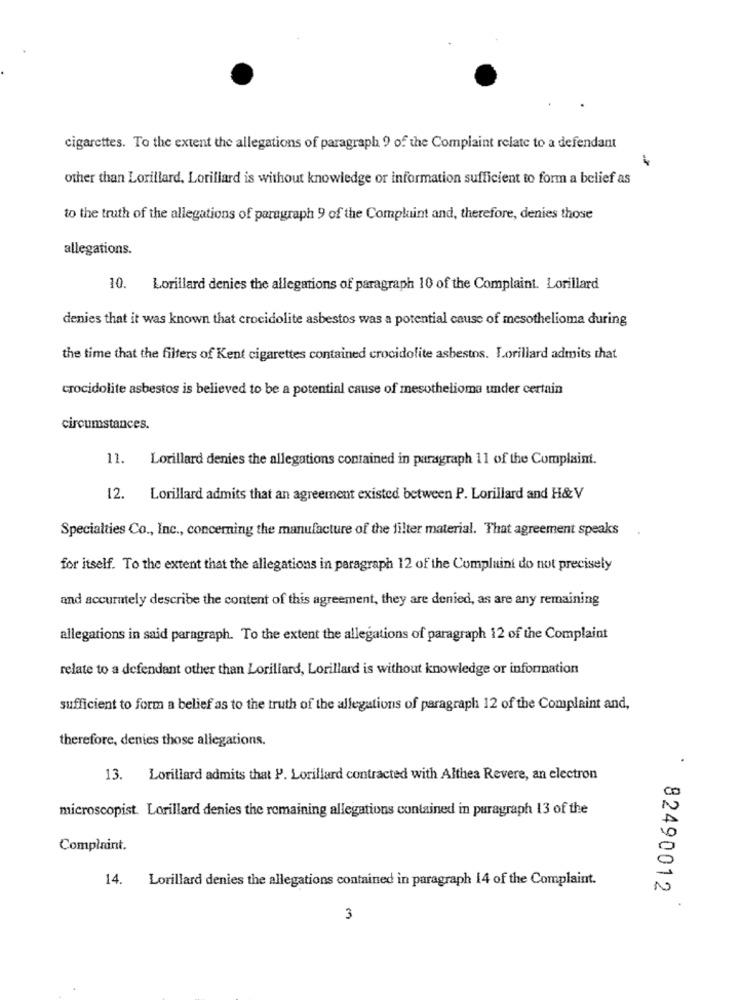
cigarettes. To the extent the allegations of paragraph 9 of the Complaint relate to a defendant
1
other than Lorillard, Lorillard is without knowledge or information sufficient to form a belief as
to the truth of the allegations of paragraph 9 of the Complaint and, therefore, denies those
allegations.
10. Lorillard denies the allegations of paragraph 10 of the Complaint. Lorillard
denies that it was known that crocidolite asbestos was a potential cause of mesothelioma during
the time that the filters of Kent cigarettes contained crocidolite asbestos. Lorillard admits that
crocidolite asbestos is believed to be a potential cause of mesothelioma under certain
circumstances.
11. Lorillard denies the allegations contained in paragraph 11 of the Complaint.
12. Lorillard admits that an agreement existed between P. Lorillard and H&V
Specialties Co ., Inc ., concerning the manufacture of the filter material. That agreement speaks
for itself. To the extent that the allegations in paragraph 12 of the Complaint do not precisely
and accurately describe the content of this agreement, they are denied, as are any remaining
allegations in said paragraph. To the extent the allegations of paragraph 12 of the Complaint
relate to a defendant other than Lorillard, Lorillard is without knowledge or information
sufficient to form a belief as to the truth of the allegations of paragraph 12 of the Complaint and,
therefore, denies those allegations.
.
13. Lorillard admits that P. Lorillard contracted with Althea Revere, an electron
microscopist. Lorillard denies the remaining allegations contained in paragraph 13 of the
Complaint.
14. Lorillard denies the allegations contained in paragraph 14 of the Complaint.
82490012
3